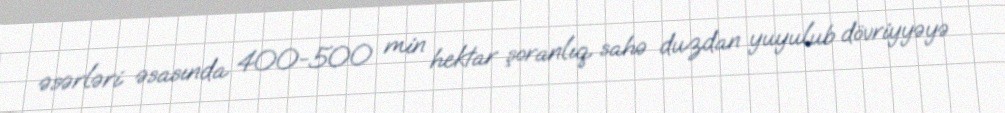
əsərləri əsasında 400-500 min hektar şoranlıq sahə duzdan yuyulub dövriyyəyə